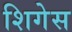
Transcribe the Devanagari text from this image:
शिगेस